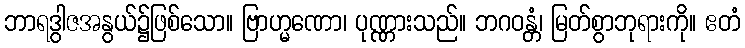
ဘာရဒွါဇအနွယ်၌ဖြစ်သော။ ဗြာဟ္မဏော၊ ပုဏ္ဏားသည်။ ဘဂဝန္တံ၊ မြတ်စွာဘုရားကို။ ဧတံ